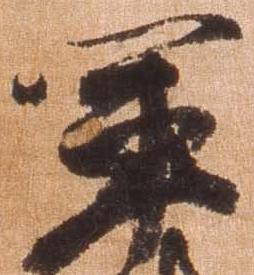
軍